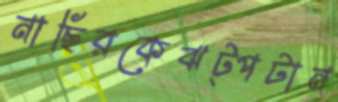
নাছিরকেঝট্‌পটান